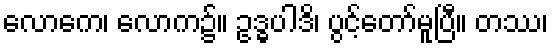
လောကေ၊ လောက၌။ ဥဒ္ဓပါဒိ၊ ပွင့်တော်မူပြီ။ တဿ၊